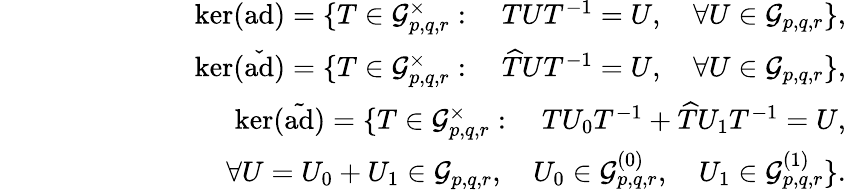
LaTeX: \begin{array}{rlr}&{}&{\mathrm{ker}{(\mathrm{ad})}=\{ T\in\mathcal{G}_{p,q,r}^{\times}:\quad TUT^{-1}=U,\quad\forall U\in\mathcal{G}_{p,q,r}\} ,}\\ &{}&{\mathrm{ker}(\check{\mathrm{ad}})=\{ T\in\mathcal{G}_{p,q,r}^{\times}:\quad\widehat{T}UT^{-1}=U,\quad\forall U\in\mathcal{G}_{p,q,r}\} ,}\\ &{}&{\mathrm{ker}(\tilde{\mathrm{ad}})=\{ T\in\mathcal{G}_{p,q,r}^{\times}:\quad TU_{0}T^{-1}+\widehat{T}U_{1}T^{-1}=U,}\\ &{}&{\quad\quad\quad\quad\quad\quad\forall U=U_{0}+U_{1}\in\mathcal{G}_{p,q,r},\quad U_{0}\in\mathcal{G}_{p,q,r}^{(0)},\quad U_{1}\in\mathcal{G}_{p,q,r}^{(1)}\} .}\end{array}